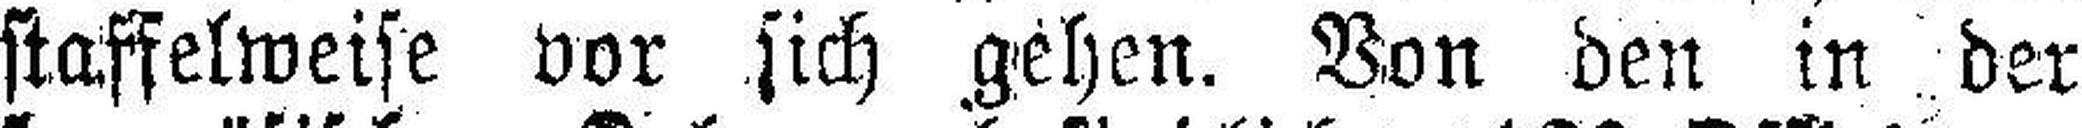
staffelweise vor .sich gehen. Von den in der